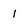
Character: 1